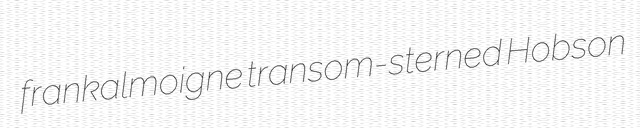
frankalmoigne transom-sterned Hobson